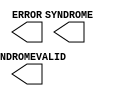
module FRAME_ECC_VIRTEX4 (ERROR, SYNDROME, SYNDROMEVALID);

    output ERROR;
    output [11:0] SYNDROME;
    output SYNDROMEVALID;
    
endmodule